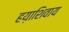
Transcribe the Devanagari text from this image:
हय़ाशिवाय